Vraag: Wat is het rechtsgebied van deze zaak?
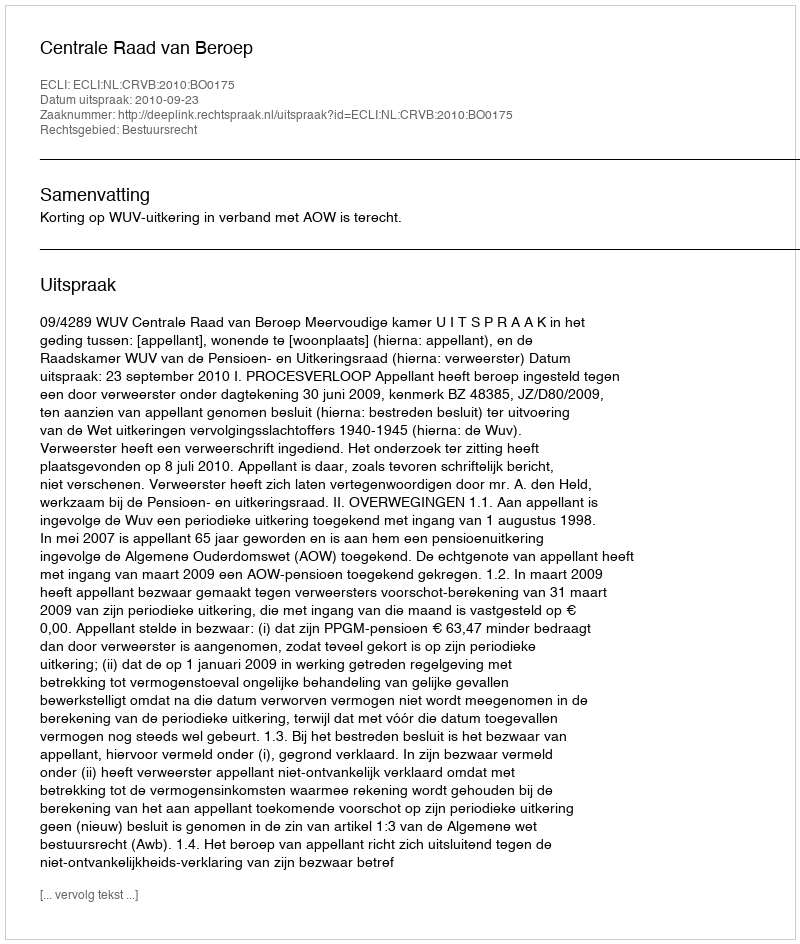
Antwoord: Bestuursrecht